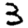
Digit: 3